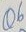
Text: Q6